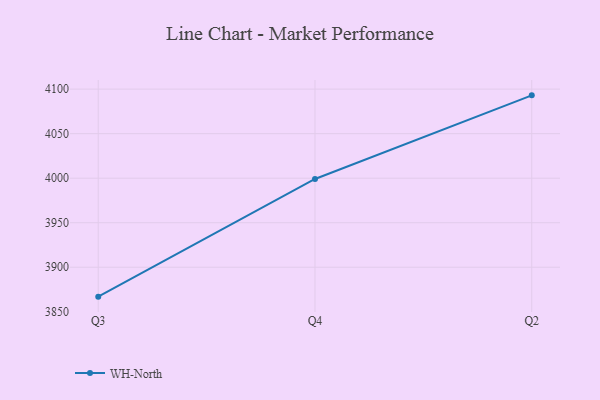
{"axis": {"x": "Quarter", "y": "Latency (ms)"}, "legend": ["WH-North"], "data": [{"x": "Q3", "y": 3867.0, "type": "WH-North"}, {"x": "Q4", "y": 3999.1, "type": "WH-North"}, {"x": "Q2", "y": 4093.0, "type": "WH-North"}]}